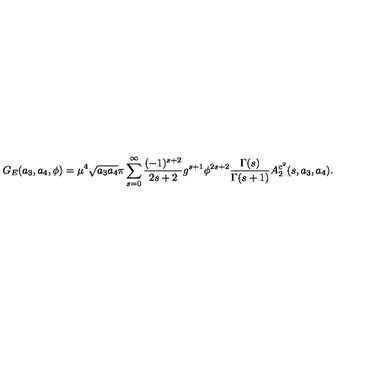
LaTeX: G _ { E } ( a _ { 3 } , a _ { 4 } , \phi ) = \mu ^ { 4 } \sqrt { a _ { 3 } a _ { 4 } } \pi \sum _ { s = 0 } ^ { \infty } \frac { ( - 1 ) ^ { s + 2 } } { 2 s + 2 } g ^ { s + 1 } \phi ^ { 2 s + 2 } \frac { \Gamma ( s ) } { \Gamma ( s + 1 ) } A _ { 2 } ^ { c ^ { 2 } } ( s , a _ { 3 } , a _ { 4 } ) .